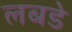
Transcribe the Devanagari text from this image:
लबडे